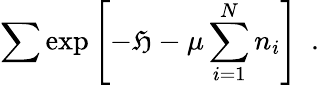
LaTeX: \sum\exp{\left[-\mathfrak{H}-\mu\sum_{i=1}^{N}n_{i}\right]}\ \ .